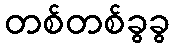
တစ်တစ်ခွခွ